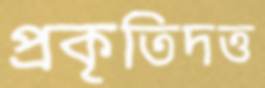
প্রকৃতিদত্ত